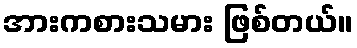
အားကစားသမား ဖြစ်တယ်။